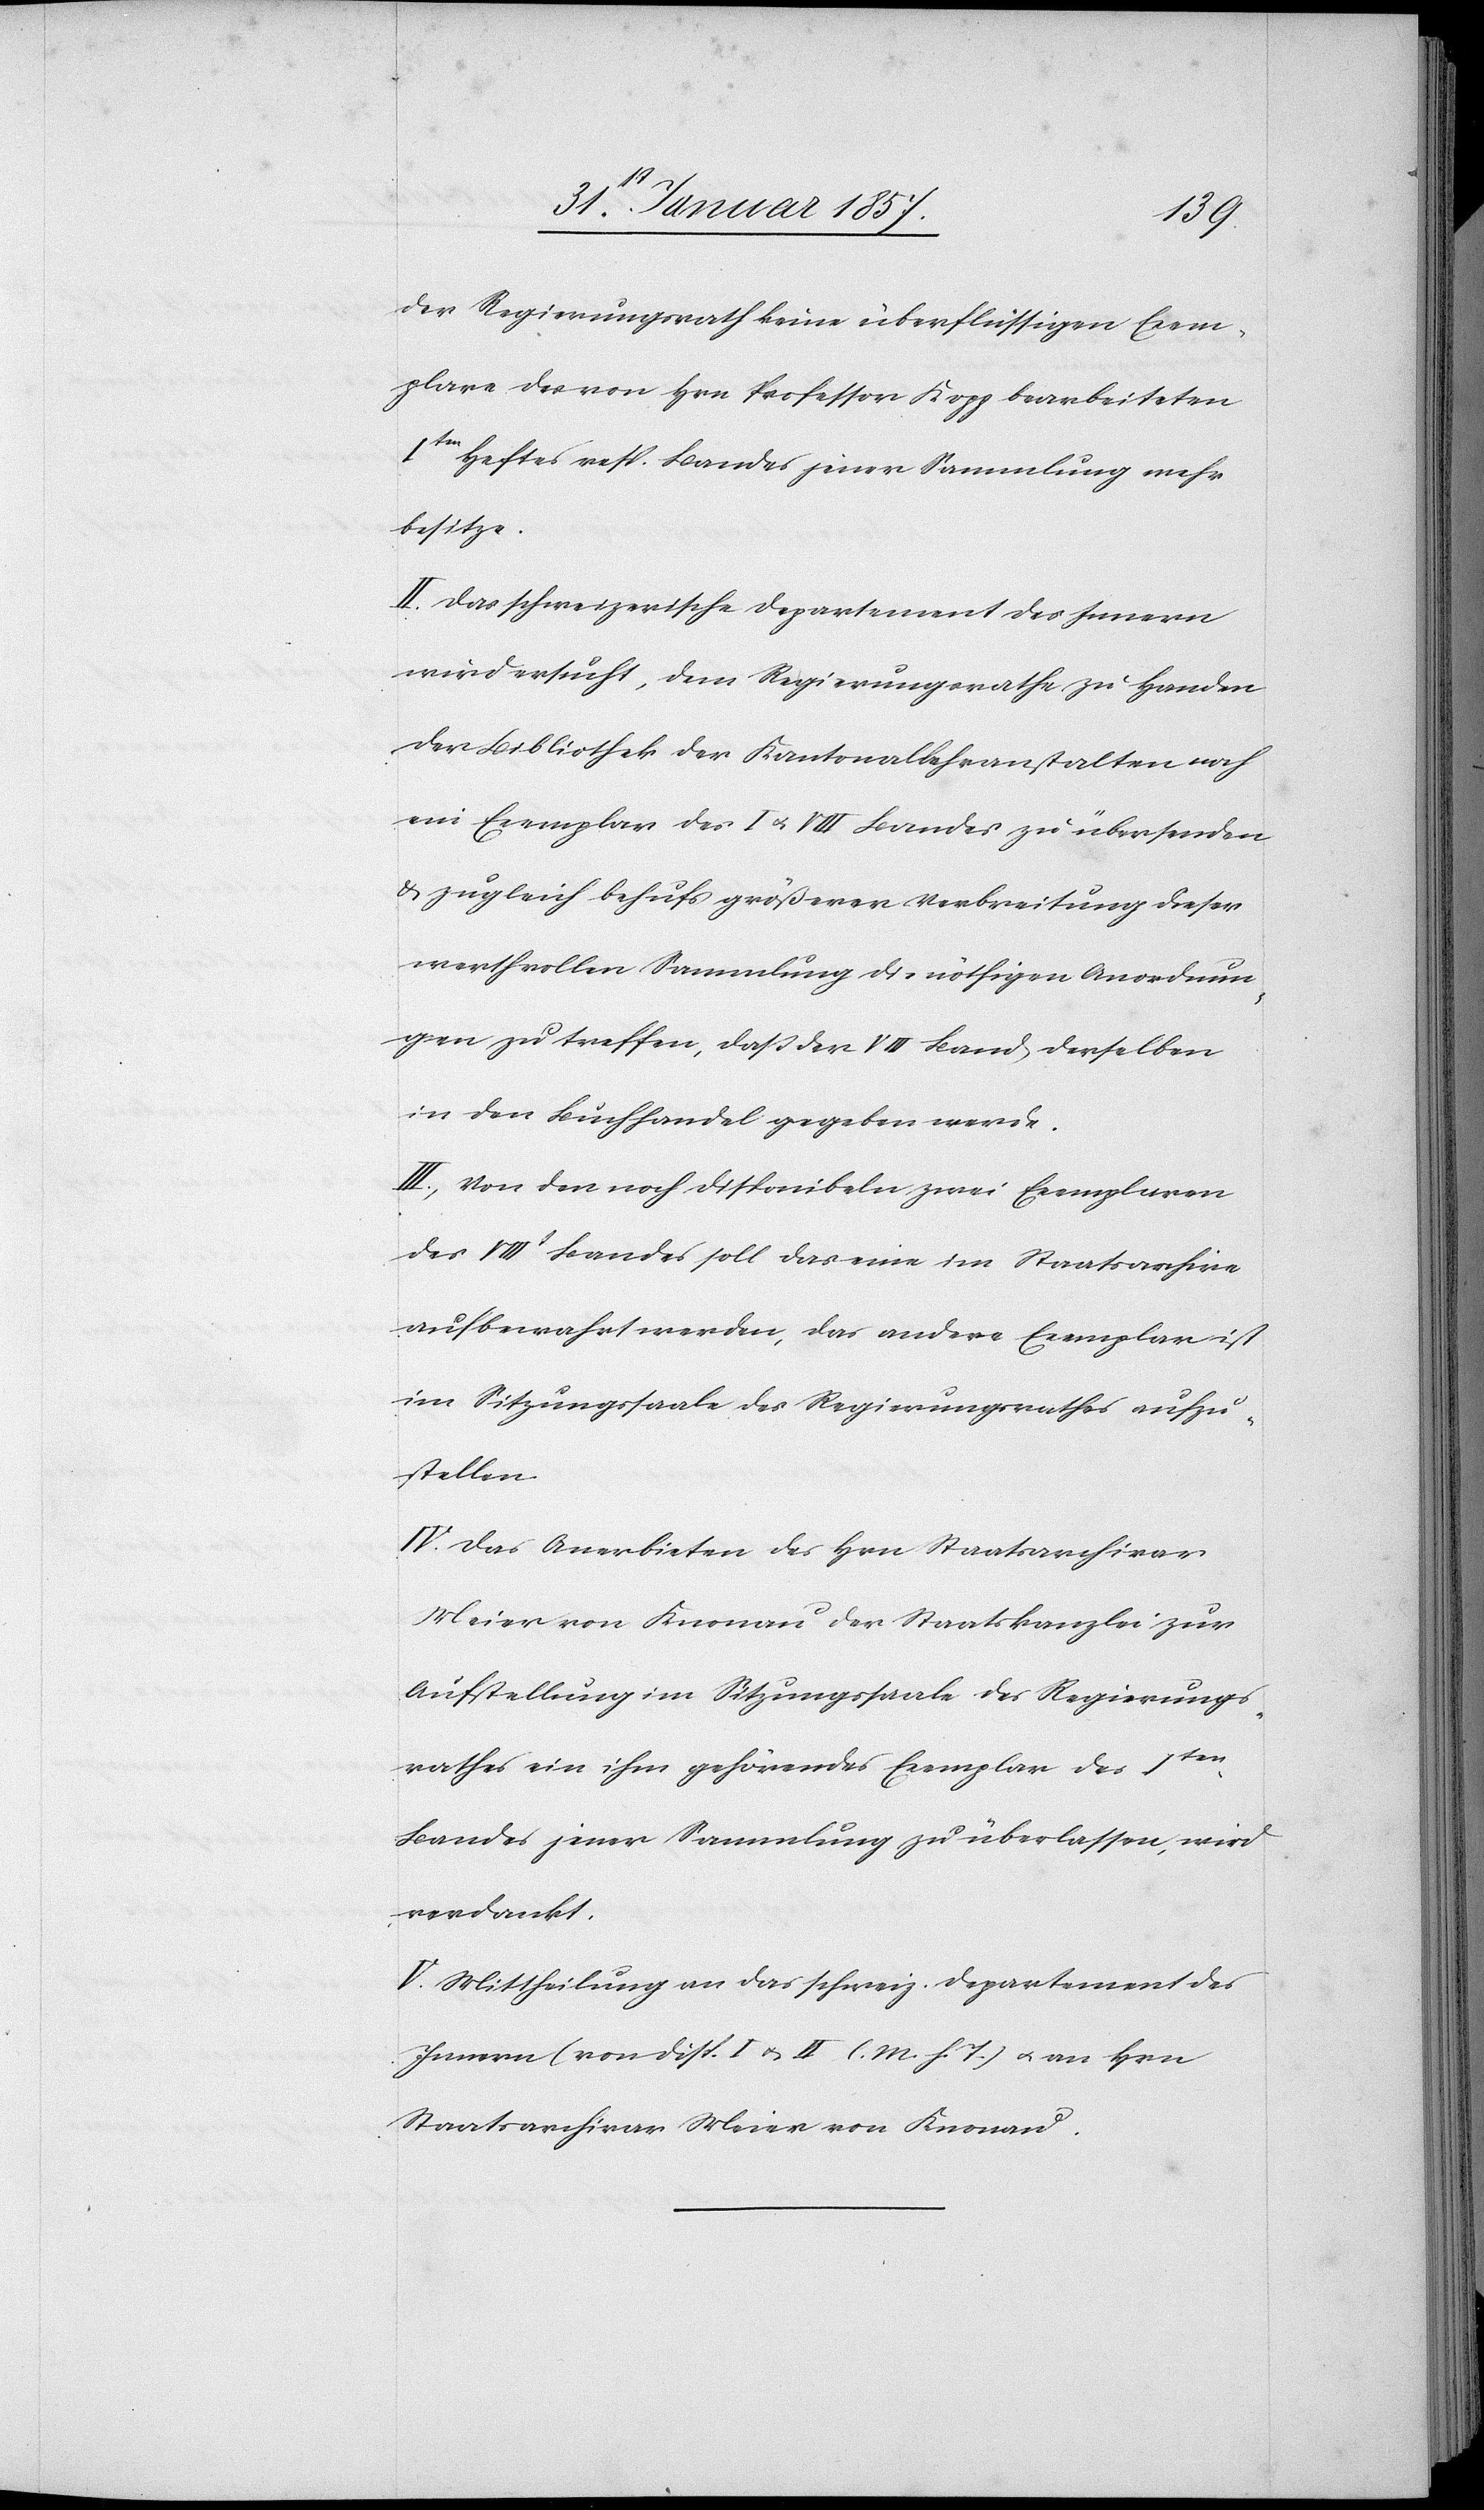
der Regierungsrath keine überflüssigen Exem¬
plare des von Hrn Professor Kopp bearbeiteten
Iten Heftes resp. Bandes jener Sammlung mehr
besitze.
II. Das schweizerische Departement des Innern
wird ersucht, dem Regierungsrathe zu Handen
der Bibliothek der Kantonallehranstalten noch
ein Exemplar des I & VIII Bandes zu übersenden
& zugleich behufs größerer Verbreitung dieser
werthvollen Sammlung die nöthigen Anordnun¬
gen zu treffen, daß der VIII Band derselben
in den Buchhandel gegeben werde.
III. Von den noch disponibeln zwei Exemplaren
des VIIIt Bandes soll das eine im Staatsarchive
aufbewahrt werden, das andere Exemplar ist
im Sitzungssaale des Regierungsrathes aufzu¬
stellen.
IV. Das Anerbieten des Hrn Staatsarchivar
Meier von Knonau der Staatskanzlei zur
Aufstellung im Sitzungsaale des Regierungs¬
rathes ein ihm gehörendes Exemplar des Iten
Bandes jener Sammlung zu überlassen, wird
verdankt.
V. Mittheilung an das schweiz. Departement des
Innern (von disp. I & II l. M. h. T) u. an Hrn
Staatsarchivar Meier von Knonau.